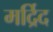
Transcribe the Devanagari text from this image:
मर्द्रिद